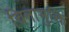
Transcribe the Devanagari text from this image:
चिनाभुक्ति